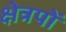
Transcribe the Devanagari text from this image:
क्षेत्रपों